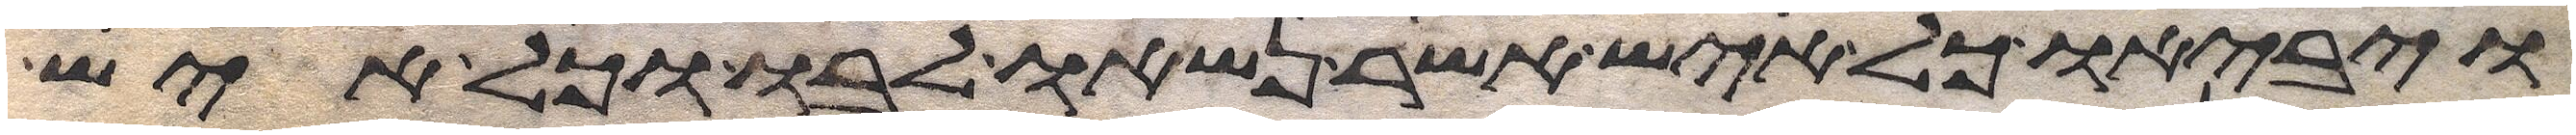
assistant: ויביאו כל איש אשר נשאו לבו וכל איש